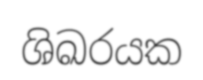
ශිඛරයක